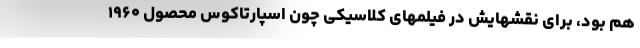
هم بود، برای نقشهایش در فیلمهای کلاسیکی چون اسپارتاکوس محصول ۱۹۶۰